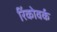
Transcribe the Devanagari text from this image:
रिंकोवर्क